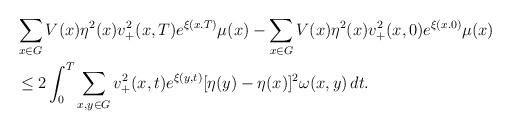
LaTeX: \begin{align*} & \sum_{x\in G} V(x) \eta^2(x) v^2_+(x, T)e^{\xi(x. T)}\mu(x) - \sum_{x\in G} V(x) \eta^2(x) v^2_+(x, 0)e^{\xi(x. 0)}\mu(x) \\& \leq 2\int_0^T\sum_{x,y\in G} v^2_+(x,t)e^{\xi(y,t)}[\eta(y)-\eta(x)]^2\omega(x,y)\,dt. \end{align*}